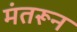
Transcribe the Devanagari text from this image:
मंतरून